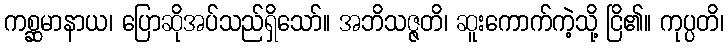
ကစ္ဆမာနာယ၊ ပြောဆိုအပ်သည်ရှိသော်။ အဘိသဇ္ဇတိ၊ ဆူးကောက်ကဲ့သို့ ငြိ၏။ ကုပ္ပတိ၊